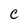
Character: C